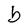
Character: b